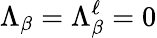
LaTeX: \Lambda_{\beta}=\Lambda_{\beta}^{\ell}=0